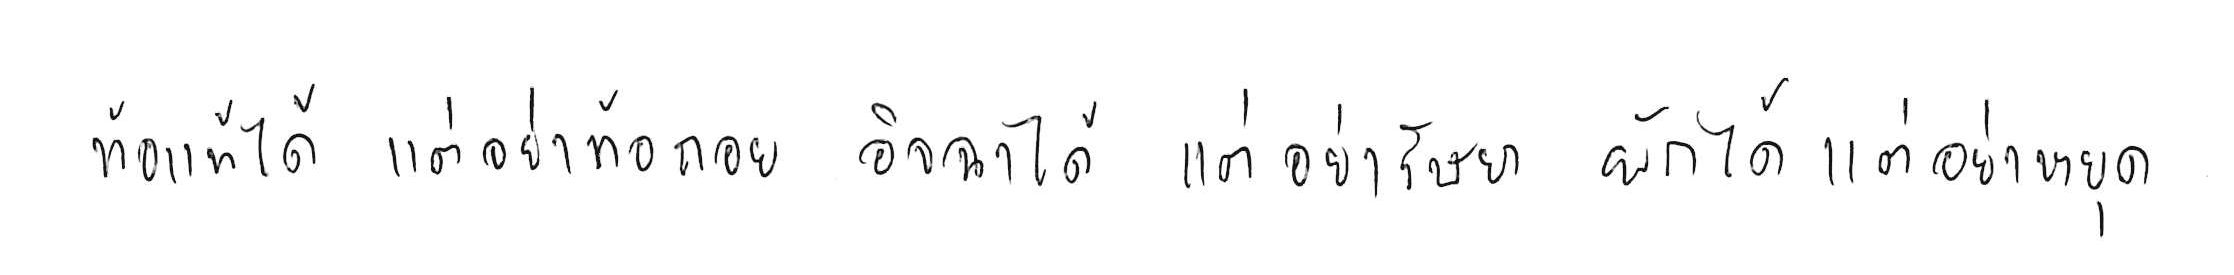
ท้อแท้ได้ แต่อย่าท้อถอย อิจฉาได้ แต่อย่าริษยา พักได้ แต่อย่าหยุด